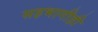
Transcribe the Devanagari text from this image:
सहभागीही